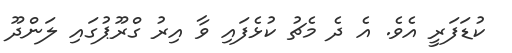
ކުޑަފަރީ އެވެ. އެ ދެ މެޗު ކުޅެފައި ވާ އިރު ގްރޫޕުގައި ލަންދޫ